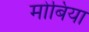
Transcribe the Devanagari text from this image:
मोबिया